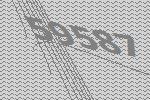
59587